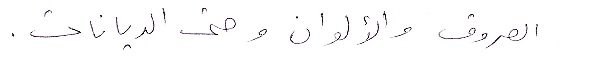
العروق والألوان وحتى الديانات.